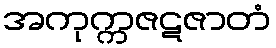
အကုက္ကဇဋဇာတံ